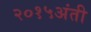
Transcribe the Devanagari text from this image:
२०१५अंती